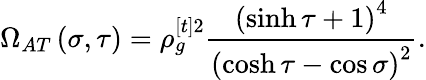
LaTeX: \Omega_{AT}\left(\sigma,\tau\right)=\rho_{g}^{[t]2}\frac{\left(\sinh\tau+1\right)^{4}}{\left(\cosh\tau-\cos\sigma\right)^{2}}.